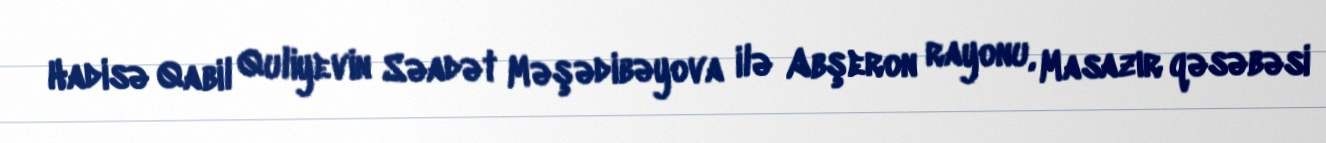
Hadisə Qabil Quliyevin Səadət Məşədibəyova ilə Abşeron rayonu, Masazır qəsəbəsi